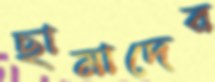
ছামাদের